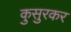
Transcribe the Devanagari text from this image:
कुसुरकर